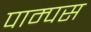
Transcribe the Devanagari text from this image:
पाम्पस